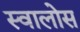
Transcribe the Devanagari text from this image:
स्वालोस